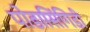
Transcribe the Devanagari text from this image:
पोडासिंगिडी